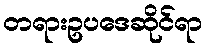
တရားဥပဒေဆိုင်ရာ